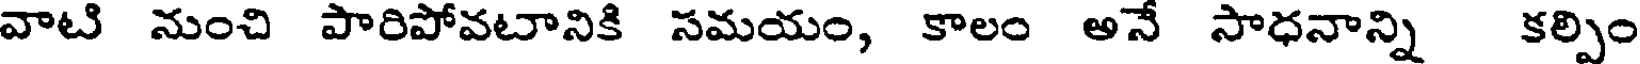
వాటి నుంచి పారిపోవటానికి సమయం, కాలం అనే సాధనాన్ని కల్పిం